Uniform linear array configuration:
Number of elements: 64
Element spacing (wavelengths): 0.5
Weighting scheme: cosine
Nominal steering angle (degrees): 30
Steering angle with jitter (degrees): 29.724
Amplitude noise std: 0.05
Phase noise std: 0.05

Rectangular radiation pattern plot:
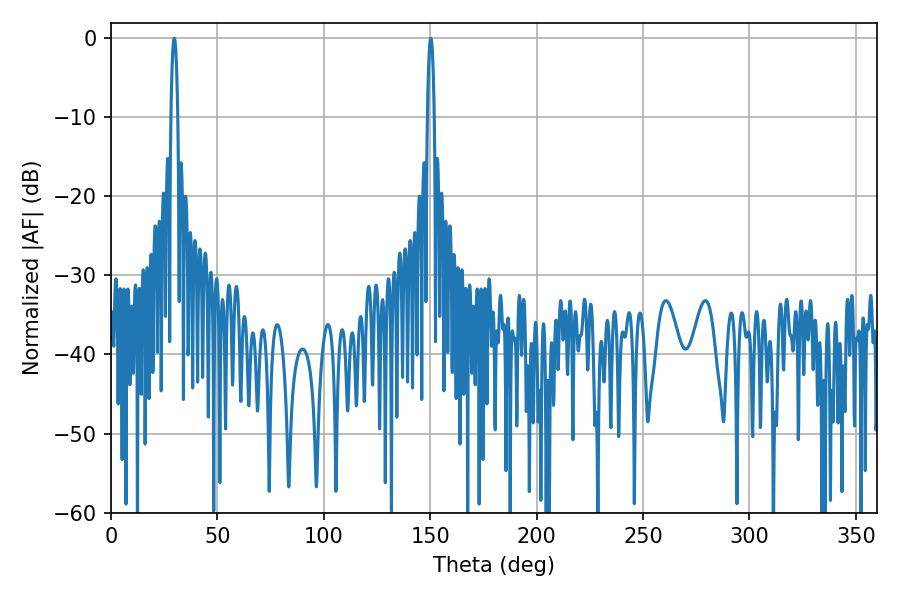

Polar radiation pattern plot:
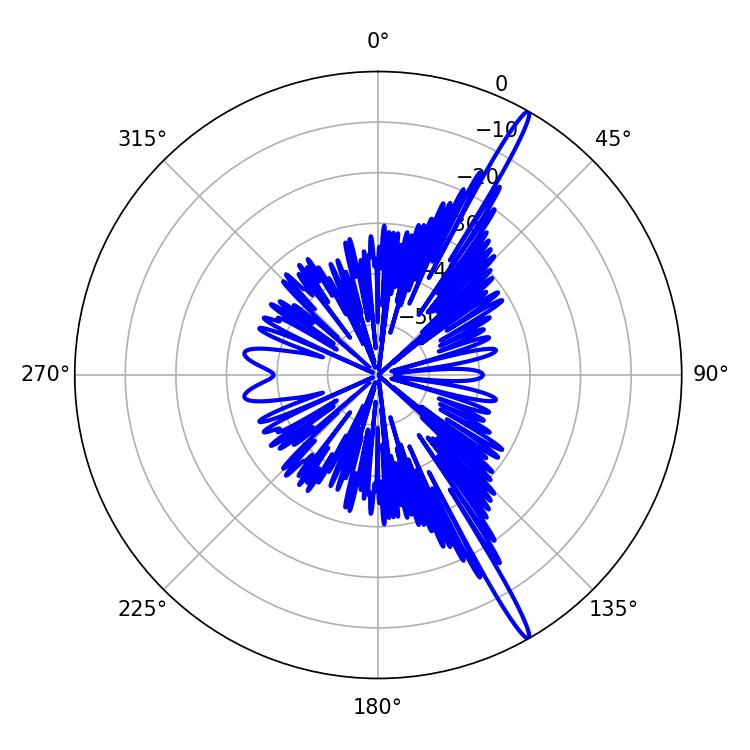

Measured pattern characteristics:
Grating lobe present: FALSE
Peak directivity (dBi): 17.472
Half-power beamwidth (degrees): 1.8
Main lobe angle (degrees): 29.7